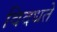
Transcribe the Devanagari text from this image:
विदधते